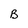
Character: B